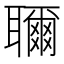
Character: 𬚨